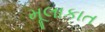
મૂલાકાત